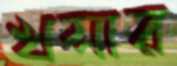
খসার